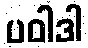
ပဝါဒါ